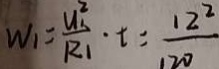
w _ { 1 } = \frac { u _ { 1 } ^ { 2 } } { R _ { 1 } } \cdot t = \frac { 1 2 ^ { 2 } } { 1 2 0 }